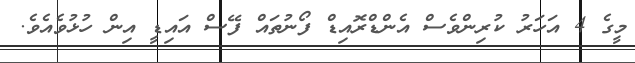
މީގެ 4 އަހަރު ކުރިންވެސް އެންޑްރޮއިޑް ފޯނުތައް ފޭސް އައިޑީ އިން ހުޅުވެއެވެ.